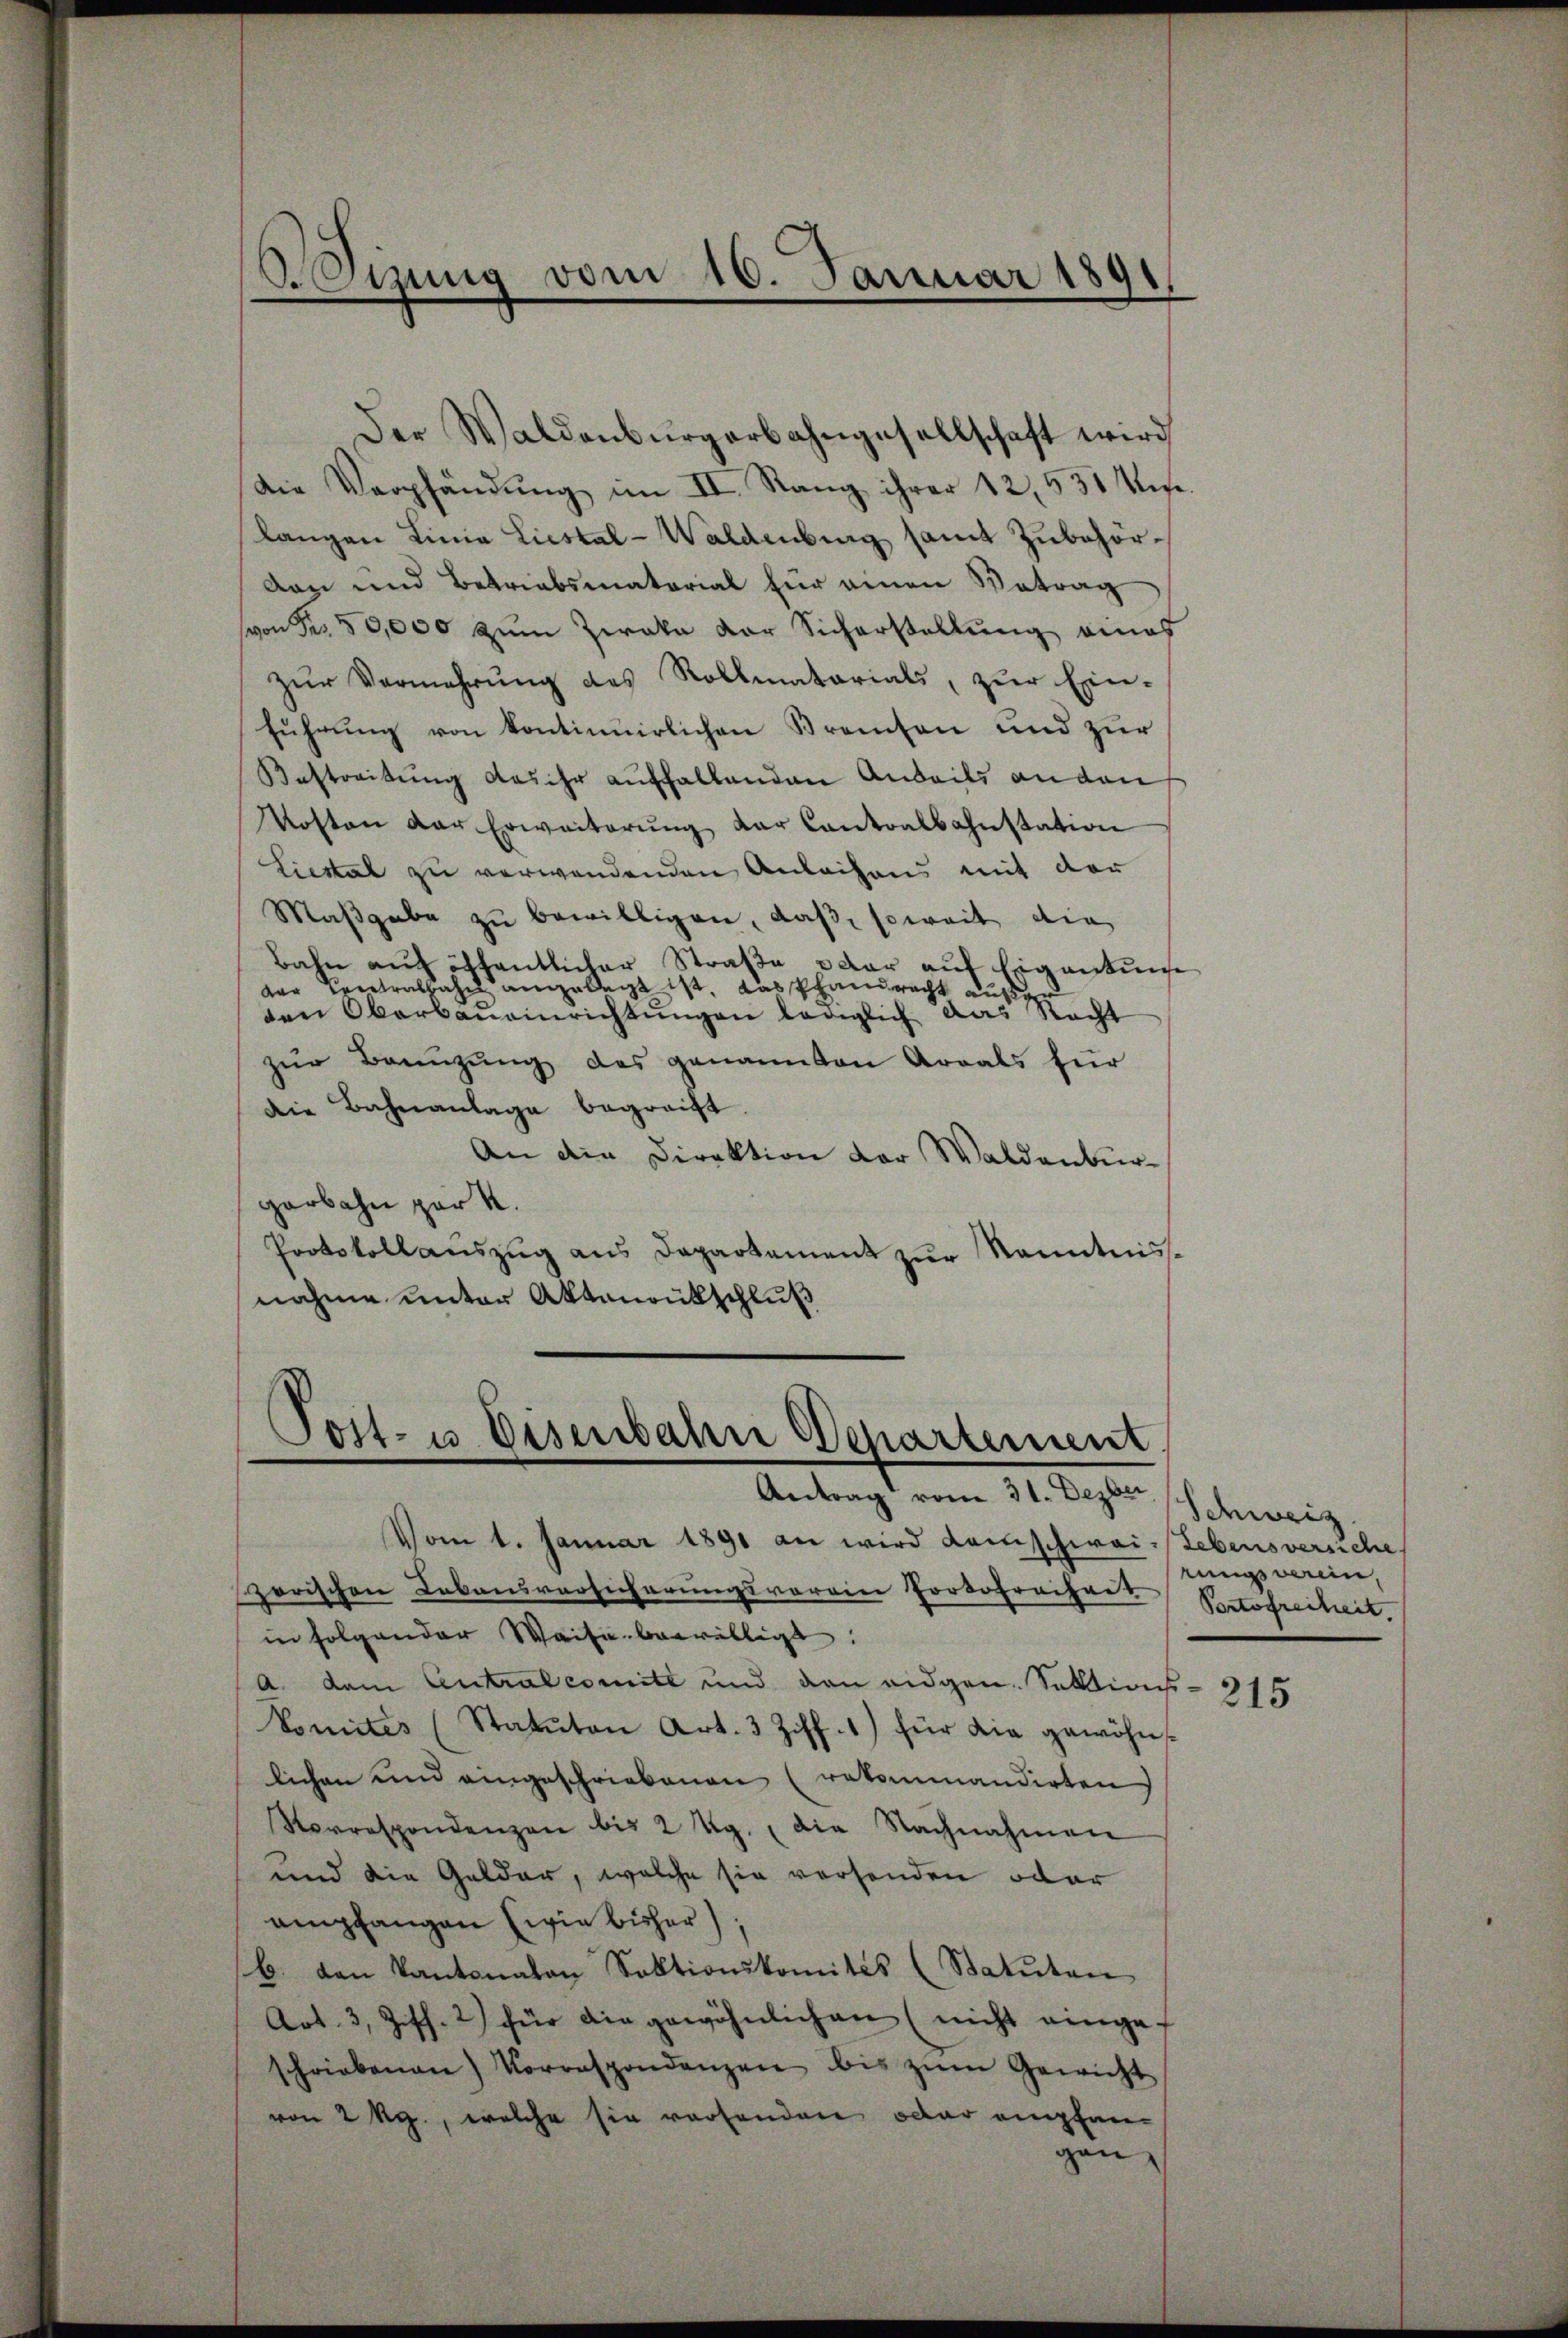
Heizung vom 10. Januar 1891

Der Waldenburgerbahngesellschaft wird
Die Verpfändung im II. Rang ihrer 12, 551 Wese
langen Linia Liestal-Waldenburg samt Zubehör¬
Dan und Betriebsmatorial für einen Betrag
von Fr. 50,000 zum Zwaka Dor Sicherstellung eines
zŭr Vermehrung des Rollmatarials, zur Ein-
führŭng von kontinuirlichen Kreisen und zŭr
Bestreitung das ihr auffallenden Anweils an den
Kosten der Erweiterŭng der Cantonalbahnstation
Liestal zu verwendenden Anleihens mit der
Maßgabe zu bewilligen, daß soweit die
Bahn auf öffentlicher Straße dar auf Eigentums
der Centralhahn angelegt ist, das Pfandrecht auf
den Oberbaŭeinrichtŭngen lediglich das Recht
zŭr Bannzŭng des genannten Areals für
die Bahnanlage begreift
An die Direktion der Waldenburgerbahn par K.
Protokollauszug aus Departement zur Kenntnisnahme unter Aktenrütschluß

Post- u. Eisenbahn Departement
Antrag vom 31. Dezbr.

Vom 1. Januar 1891 an wird damschwai-Lebensversiche
zerischen Lebensversicherungsverein Portofrecher Portofreiheit,
in folgender Waise bewilligt:
a. dem Antralcomité und den eidgen. Sektions- 315
Vomites (Statuten Art. 3 Ziff. 1) für die gewöhn-
lichen und eingeschriebenen (rekommandirten
Sorrespondenzen bis 2 Kg. die Nachnahmen
und die Gelder, welche sie versenden oder
empfangen (wie bisher),
b. den Kantonalen Sektionskomités (Statuten
Art. 3, Ziff. 2) für die gewöhnlichen (nicht eingef
schriebenen) Vorrespondenzen bis zŭm Gewicht
von 2 Rp., welche sie vorhanden oder empfangen

Schweiz
rungsverein,